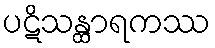
ပဋိသန္ထာရကဿ